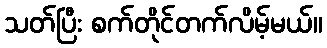
သတ်ပြီး စက်တိုင်တက်လိမ့်မယ်။